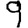
Digit: 9